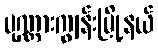
ပုဏ္ဏားကျွန်းမြို့နယ်